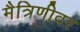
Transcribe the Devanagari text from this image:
मैत्रिणीवर